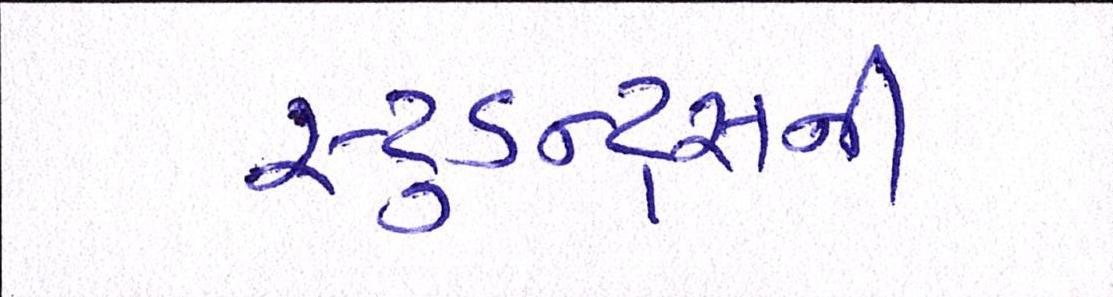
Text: સ્ટુડન્ટ્સની